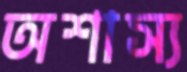
অশাস্য